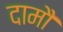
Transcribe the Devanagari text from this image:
दामौ